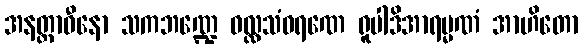
အနတ္တာဓီနော သကဘဏ္ဍေ ဝလ္လသံဝရဏေ ရူပါဒိအာရမ္မဏံ အာဟိတော